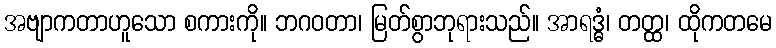
အဗျာကတာဟူသော စကားကို။ ဘဂဝတာ၊ မြတ်စွာဘုရားသည်။ အာရဒ္ဓံ၊ တတ္ထ၊ ထိုကတမေ